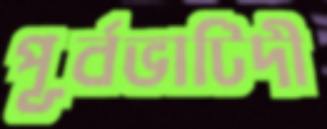
পূর্বভাটিদী